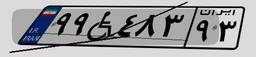
۹۹W۴۸۳۹۳